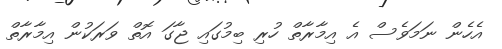
އެހެން ނަމަވެސް އެ އިމާރާތް ހުރި ބިމުގައި ޖާގަ އޮތް ވަރަކުން އިމާރާތް